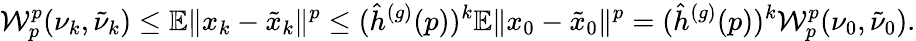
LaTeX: \mathcal{W}_{p}^{p}(\nu_{k},\tilde{\nu}_{k})\leq\mathbb{E}\Vert x_{k}-\tilde{x}_{k}\Vert^{p}\leq(\hat{h}^{(g)}(p))^{k}\mathbb{E}\Vert x_{0}-\tilde{x}_{0}\Vert^{p}=(\hat{h}^{(g)}(p))^{k}\mathcal{W}_{p}^{p}(\nu_{0},\tilde{\nu}_{0}).